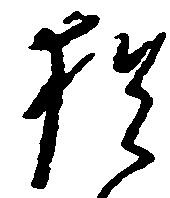
猶